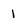
Character: 1